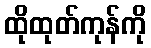
ထိုထုတ်ကုန်ကို